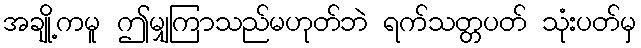
အချို့ကမူ ဤမျှကြာသည်မဟုတ်ဘဲ ရက်သတ္တပတ် သုံးပတ်မှ